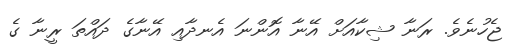
ޖެހުނެވެ. ރަނާ ޝިކާއަށް އޭނާ އޮންނަ އެނދާއި އޭނާގެ ދައްތަ ރީނާ ގެ